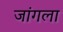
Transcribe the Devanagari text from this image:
जांगला